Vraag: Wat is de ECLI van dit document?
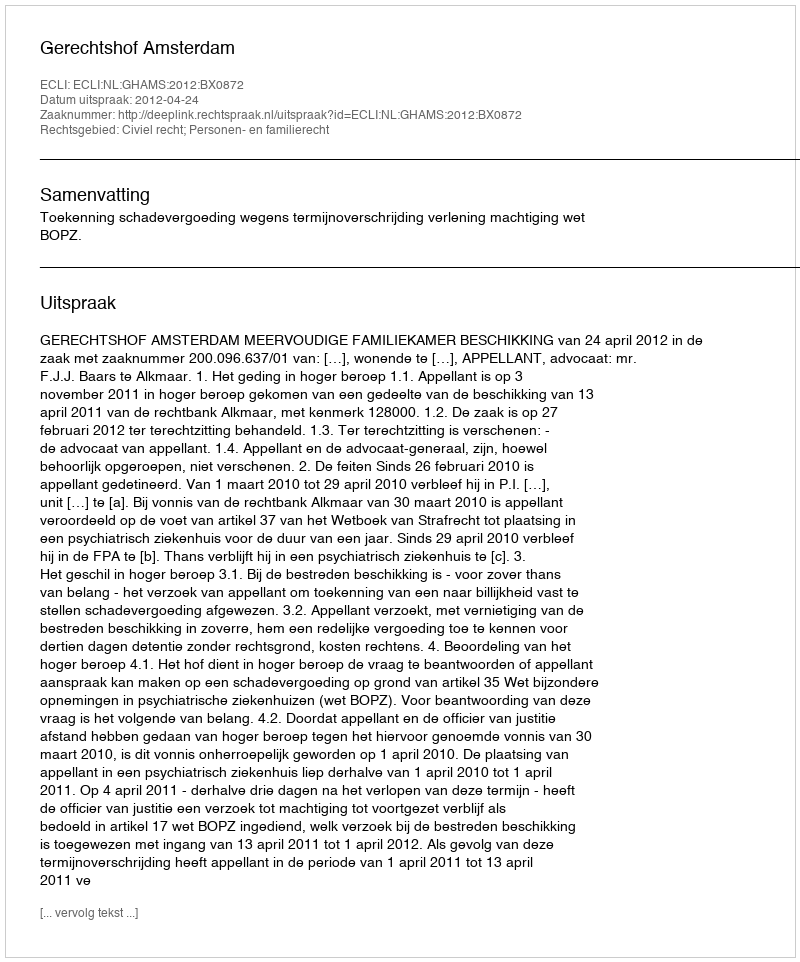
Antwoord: ECLI:NL:GHAMS:2012:BX0872